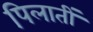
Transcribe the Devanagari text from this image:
पिलातीं